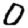
Digit: 0